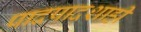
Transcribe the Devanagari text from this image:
पादपादशाही